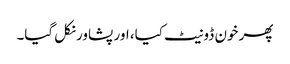
پھر خون ڈونیٹ کیا، اور پشاور نکل گیا۔